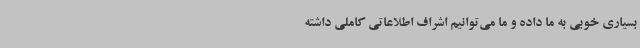
بسیاری خوبی به ما داده و ما می‌توانیم اشراف اطلاعاتی کاملی داشته